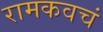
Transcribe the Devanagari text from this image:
रामकवचं